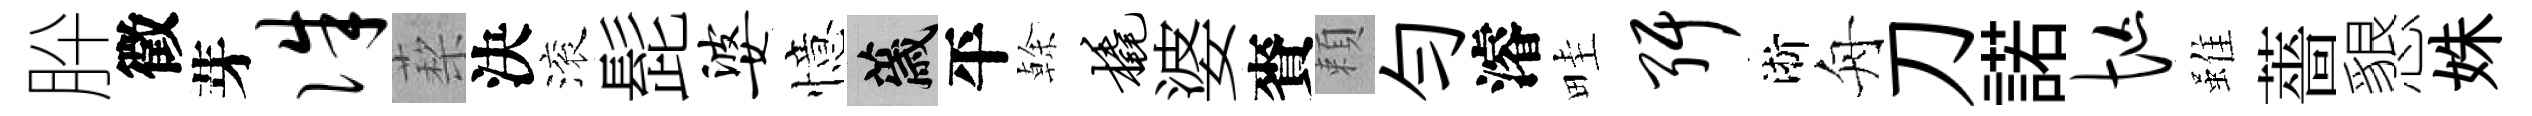
肸徵芽侏蔾決滚髭婆憶薉平𠏉橇婆賚頼勻濬畦弭淅舟刀諾忙雖薔懇姝